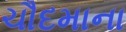
ચૌદમાના